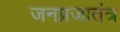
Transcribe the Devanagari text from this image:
जनप्रजातंत्र